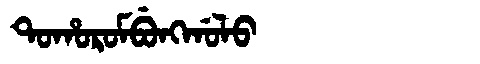
Manchu: ᡨᠣᡥᠣᡵᠣᠮᠪᡠᠩᡤᠣᠯᠣ
Romanization: TOHOROMBUNGGOLO